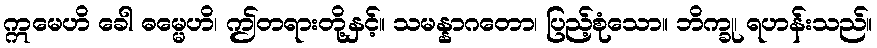
ဣမေဟိ ခေါ ဓမ္မေဟိ၊ ဤတရားတို့နှင့်။ သမန္နာဂတော၊ ပြည့်စုံသော။ ဘိက္ခု၊ ရဟန်းသည်။